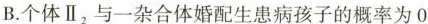
B.个体Ⅱ_{2}与一杂合体婚配生患病孩子的概率为0